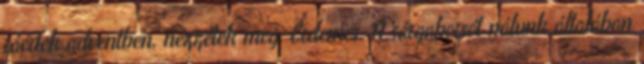
ráértek adventben, nézzétek meg. Érdemes. A sárgaborsót nálunk általában